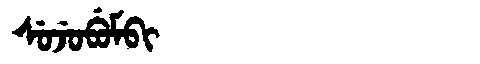
Manchu: ᠰᡠᠵᡠᠪᡠᠮᠪᡳ
Romanization: SUJUBUMBI